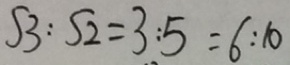
S 3 : S 2 = 3 : 5 = 6 : 1 0